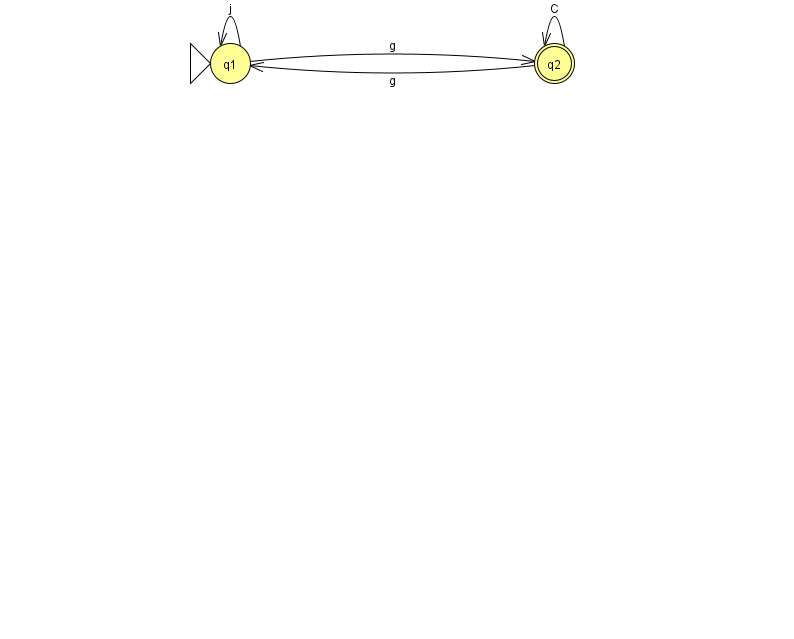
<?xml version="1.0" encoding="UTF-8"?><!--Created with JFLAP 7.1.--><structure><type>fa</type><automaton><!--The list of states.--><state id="1" name="q1"><x>230.0</x><y>50.0</y><initial/></state><state id="2" name="q2"><x>554.0</x><y>50.0</y><final/></state><!--The list of transitions.--><transition><from>1</from><to>2</to><read>g</read></transition><transition><from>2</from><to>1</to><read>g</read></transition><transition><from>2</from><to>2</to><read>C</read></transition><transition><from>1</from><to>1</to><read>j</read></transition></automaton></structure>